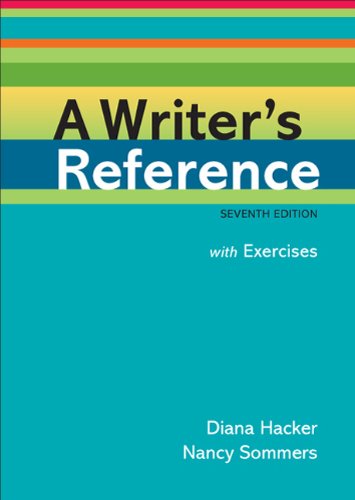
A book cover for A Writer's Reference with Exercises; Diana Hacker; Reference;